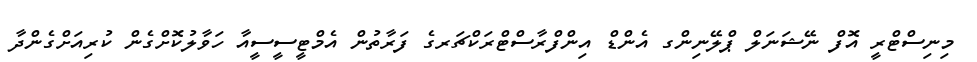
މިނިސްޓްރީ އޮފް ނޭޝަނަލް ޕްލޭނިންގ އެންޑް އިންފްރާސްޓްރަކްޗަރގެ ފަރާތުން އެމްޓީސީސީއާ ހަވާލުކޮށްގެން ކުރިއަށްގެންދާ